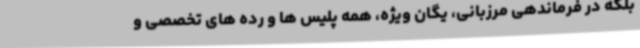
بلکه در فرماندهی مرزبانی، یگان ویژه، همه پلیس ها و رده های تخصصی و